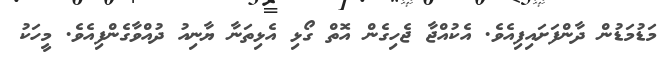
މަޑުމަޑުން ދާންފަށައިފިއެވެ. އެކުއްޖާ ޖެހިގެން އޮތް ގޯޅި އެޅިތަނާ ޔާނިއު ދުއްވާގެންފިއެވެ. މީހަކު